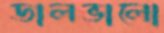
ডালভালো